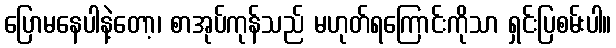
ပြောမနေပါနဲ့တော့၊ စာအုပ်ကုန်သည် မဟုတ်ရကြောင်းကိုသာ ရှင်းပြစမ်းပါ။